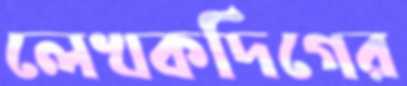
লেখকদিগের